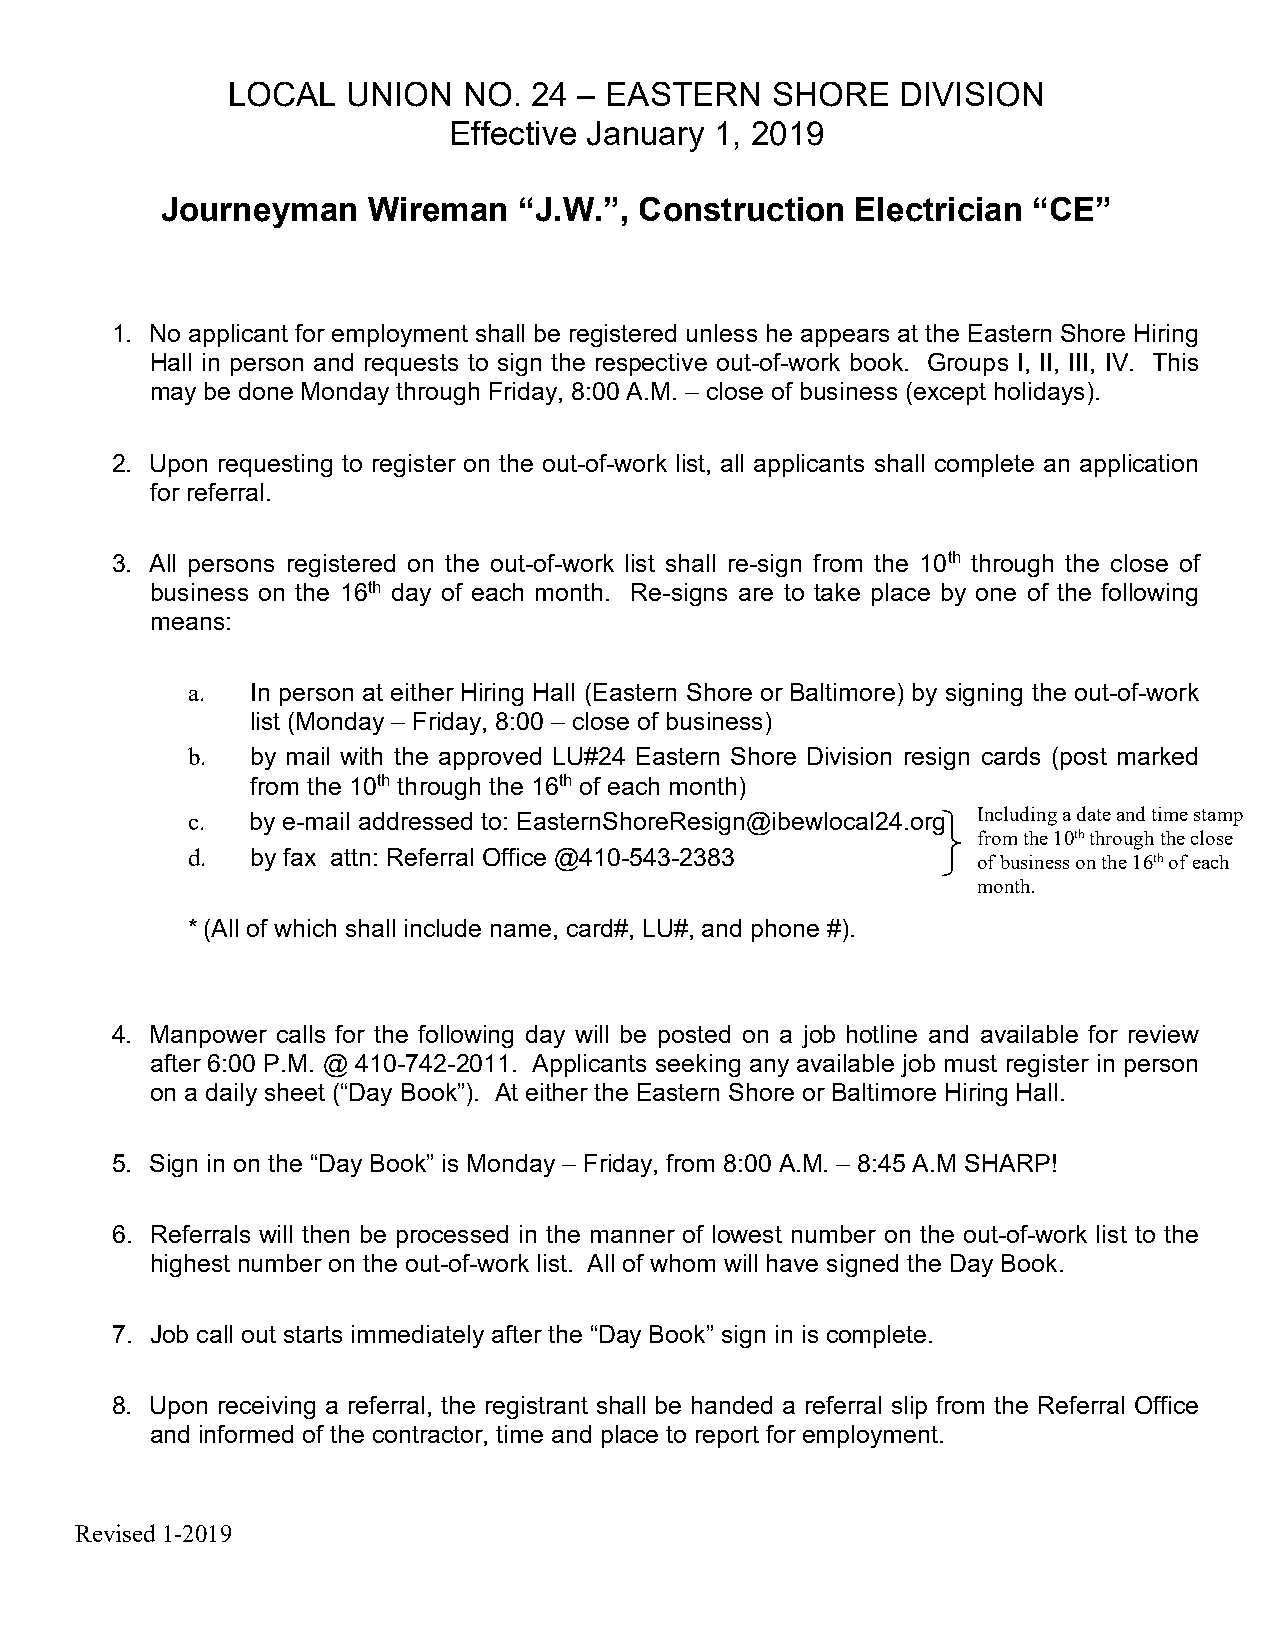
LOCAL   UNION   NO. 24 – EASTERN    SHORE    DIVISION
 Effective January 1, 2019
 Journeyman   Wireman   “J.W.”, Construction   Electrician “CE”
 1. No applicant for employment shall be registered unless he appears at the Eastern Shore Hiring
 Hall in person and requests to sign the respective out-of-work book. Groups I, II, III, IV. This
 may be done Monday through Friday, 8:00 A.M. – close of business (except holidays).
 2. Upon requesting to register on the out-of-work list, all applicants shall complete an application
 for referral.
 3. All persons registered on the out-of-work list shall re-sign from the 10th through the close of
 business on the 16th day of each month. Re-signs are to take place by one of the following
 means:
 a.   In person at either Hiring Hall (Eastern Shore or Baltimore) by signing the out-of-work
 list (Monday – Friday, 8:00 – close of business)
 b.   by mail with the approved LU#24 Eastern Shore Division resign cards (post marked
 from the 10th through the 16th of each month)
 c.   by e-mail addressed to: EasternShoreResign@ibewlocal24.org Including a date and time stamp
 from the 10th through the close
 d.   by fax attn: Referral Office @410-543-2383      of business on the 16th of each
 month.
 * (All of which shall include name, card#, LU#, and phone #).
 4. Manpower calls for the following day will be posted on a job hotline and available for review
 after 6:00 P.M. @ 410-742-2011. Applicants seeking any available job must register in person
 on a daily sheet (“Day Book”). At either the Eastern Shore or Baltimore Hiring Hall.
 5. Sign in on the “Day Book” is Monday – Friday, from 8:00 A.M. – 8:45 A.M SHARP!
 6. Referrals will then be processed in the manner of lowest number on the out-of-work list to the
 highest number on the out-of-work list. All of whom will have signed the Day Book.
 7. Job call out starts immediately after the “Day Book” sign in is complete.
 8. Upon receiving a referral, the registrant shall be handed a referral slip from the Referral Office
 and informed of the contractor, time and place to report for employment.
 Revised 1-2019